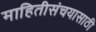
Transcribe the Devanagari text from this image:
माहितीसंचयासाठी